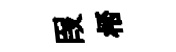
叚桮